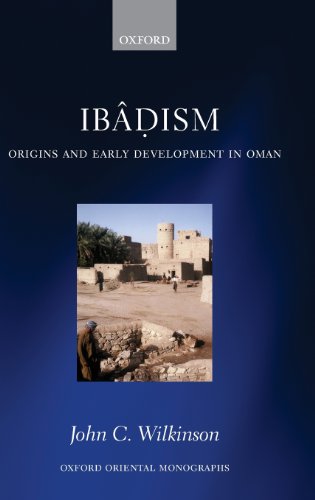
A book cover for Ibadism: Origins and Early Development in Oman (Oxford Oriental Monographs); John C. Wilkinson; History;